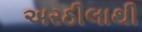
અરઠીલાથી